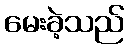
မေးခဲ့သည်